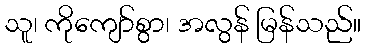
သူ၊ ကိုကျော်စွာ၊ အလွန် မြန်သည်။